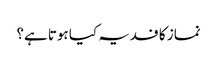
نماز کا فدیہ کیا ہوتا ہے؟